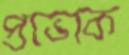
প্রভোক